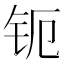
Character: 𰽞